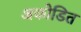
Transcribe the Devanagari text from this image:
अकोडित